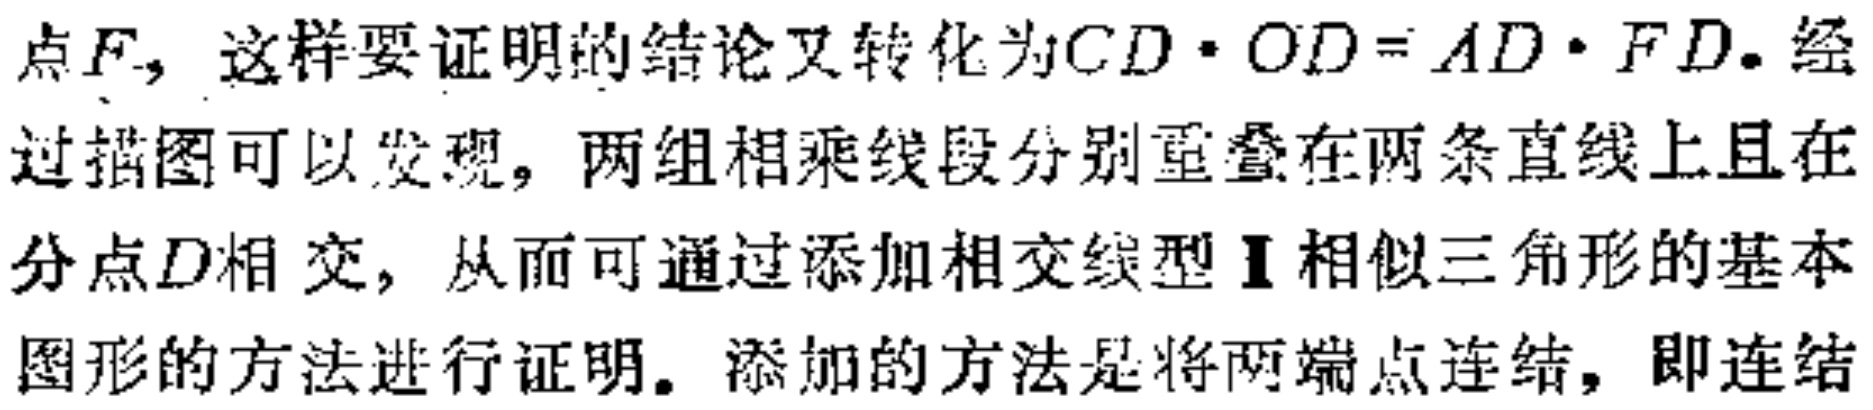
点\(F\)，这样要证明的结论又转化为\(CD\cdot OD = AD\cdot FD\). 经过描图可以发现，两组相乘线段分别重叠在两条直线上且在分点\(D\)相交，从而可通过添加相交线型\(I\)相似三角形的基本图形的方法进行证明。添加的方法是将两端点连结，即连结